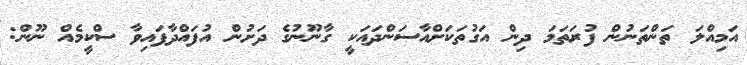
އަމިއްލަ ތަންތަނުން ފުރަތަމަ ދިން އަގުތަކަށްއާސަންދައަކީ ގާނޫނުގެ ދަށުން އުފައްދާފައިވާ ސްކީމެއް ނޫން: